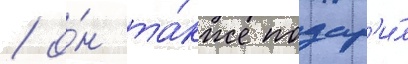
/ о́н та́кже подар'и́л